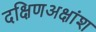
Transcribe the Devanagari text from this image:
दक्षिणअक्षांश